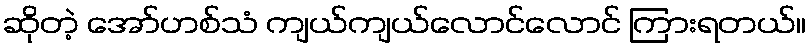
ဆိုတဲ့ အော်ဟစ်သံ ကျယ်ကျယ်လောင်လောင် ကြားရတယ်။